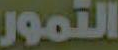
التمور